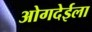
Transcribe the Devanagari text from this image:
ओगदेईला